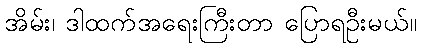
အိမ်း၊ ဒါထက်အရေးကြီးတာ ပြောရဦးမယ်။